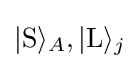
|\mathrm {S} \rangle _{A},|\mathrm {L} \rangle _{j}